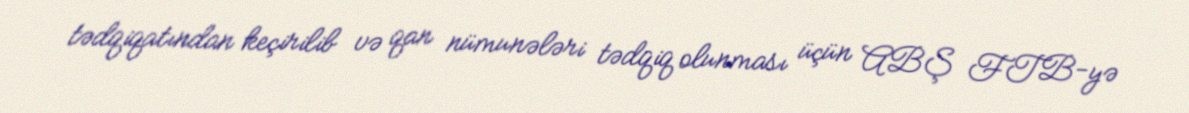
tədqiqatından keçirilib və qan nümunələri tədqiq olunması üçün ABŞ FTB-yə